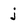
Character: j